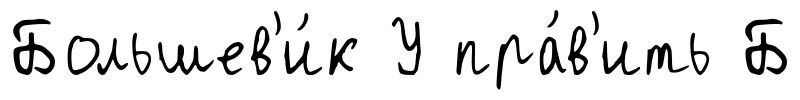
Большев'и́к У пра́в'ить Б